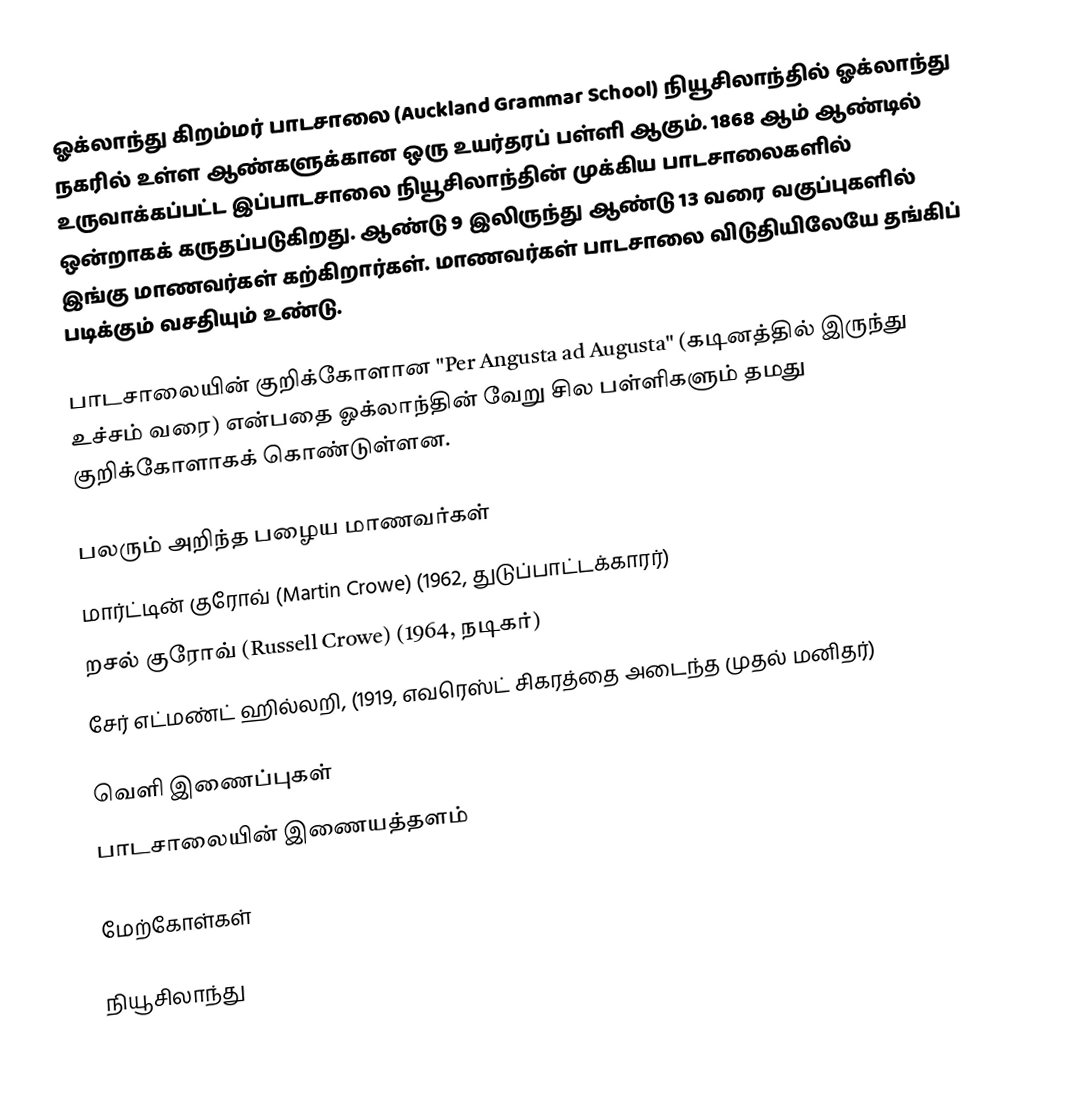
ஓக்லாந்து கிறம்மர் பாடசாலை (Auckland Grammar School) நியூசிலாந்தில் ஓக்லாந்து நகரில் உள்ள ஆண்களுக்கான ஒரு உயர்தரப் பள்ளி ஆகும். 1868 ஆம் ஆண்டில் உருவாக்கப்பட்ட இப்பாடசாலை நியூசிலாந்தின் முக்கிய பாடசாலைகளில் ஒன்றாகக் கருதப்படுகிறது. ஆண்டு 9 இலிருந்து ஆண்டு 13 வரை வகுப்புகளில் இங்கு மாணவர்கள் கற்கிறார்கள். மாணவர்கள் பாடசாலை விடுதியிலேயே தங்கிப் படிக்கும் வசதியும் உண்டு.

பாடசாலையின் குறிக்கோளான "Per Angusta ad Augusta" (கடினத்தில் இருந்து உச்சம் வரை) என்பதை ஓக்லாந்தின் வேறு சில பள்ளிகளும் தமது குறிக்கோளாகக் கொண்டுள்ளன.

பலரும் அறிந்த பழைய மாணவர்கள்
 மார்ட்டின் குரோவ் (Martin Crowe) (1962, துடுப்பாட்டக்காரர்)
 றசல் குரோவ் (Russell Crowe) (1964, நடிகர்)
 சேர் எட்மண்ட் ஹில்லறி, (1919, எவரெஸ்ட் சிகரத்தை அடைந்த முதல் மனிதர்)

வெளி இணைப்புகள்
 பாடசாலையின் இணையத்தளம்

மேற்கோள்கள்

நியூசிலாந்து